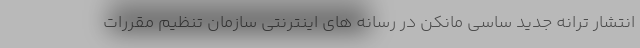
انتشار ترانه جدید ساسی مانکن در رسانه های اینترنتی سازمان تنظیم مقررات